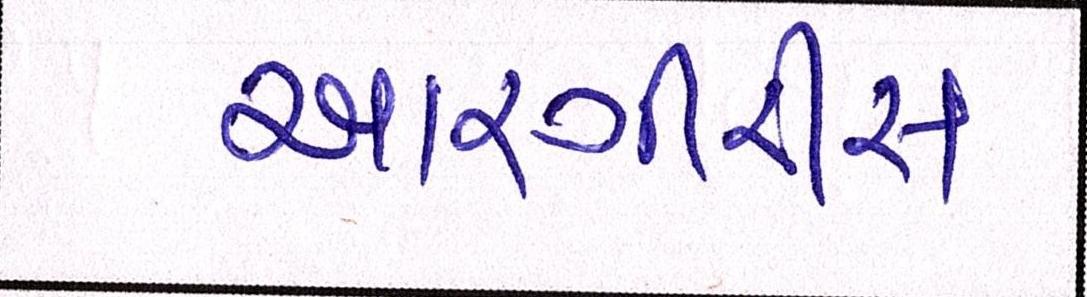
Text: આરગીરીસ